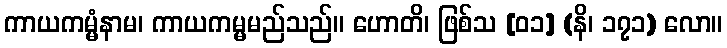
ကာယကမ္မံနာမ၊ ကာယကမ္မမည်သည်။ ဟောတိ၊ ဖြစ်သ [၀၁] (နိ၊ ၁၇၁) လော။